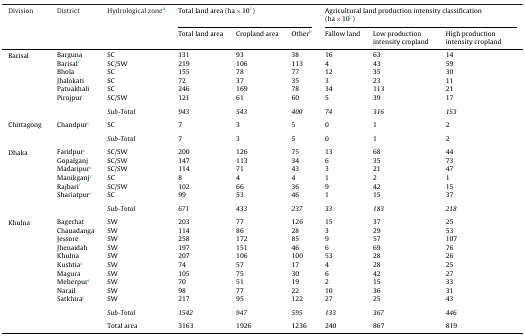
<table><thead><tr><td><b>Division</b></td><td><b>District</b></td><td><b>Hydrological zonea</b></td><td colspan="3"><b>Total land area (ha × 10c)</b></td><td colspan="3"><b>Agricultural land production intensity classification (ha × 10c)</b></td></tr><tr><td></td><td></td><td></td><td><b>Total land area</b></td><td><b>Cropland area</b></td><td><b>Otherb</b></td><td><b>Fallow land</b></td><td><b>Low production intensity cropland</b></td><td><b>High production intensity cropland</b></td></tr></thead><tbody><tr><td rowspan="6">Barisal</td><td>Barguna</td><td>SC</td><td>131</td><td>93</td><td>38</td><td>16</td><td>63</td><td>14</td></tr><tr><td>Barisalc</td><td>SC/SW</td><td>219</td><td>106</td><td>113</td><td>4</td><td>43</td><td>59</td></tr><tr><td>Bhola</td><td>SC</td><td>155</td><td>78</td><td>77</td><td>12</td><td>35</td><td>30</td></tr><tr><td>Jhalokati</td><td>SC</td><td>72</td><td>37</td><td>35</td><td>3</td><td>23</td><td>11</td></tr><tr><td>Patuakhali</td><td>SC</td><td>246</td><td>169</td><td>78</td><td>34</td><td>113</td><td>21</td></tr><tr><td>Pirojpur</td><td>SC/SW</td><td>121</td><td>61</td><td>60</td><td>5</td><td>39</td><td>17</td></tr><tr><td colspan="9">  </td></tr><tr><td></td><td></td><td><i>Sub-Total</i></td><td><i>943</i></td><td><i>543</i></td><td><i>400</i></td><td><i>74</i></td><td><i>316</i></td><td><i>153</i></td></tr><tr><td colspan="9">  </td></tr><tr><td>Chittagong</td><td>Chandpurc</td><td>SC</td><td>7</td><td>3</td><td>5</td><td>0</td><td>1</td><td>2</td></tr><tr><td colspan="9">  </td></tr><tr><td></td><td></td><td><i>Sub-Total</i></td><td>7</td><td>3</td><td>5</td><td>0</td><td>1</td><td>2</td></tr><tr><td colspan="9">  </td></tr><tr><td rowspan="6">Dhaka</td><td>Faridpurc</td><td>SC/SW</td><td>200</td><td>126</td><td>75</td><td>13</td><td>68</td><td>44</td></tr><tr><td>Gopalganj</td><td>SC/SW</td><td>147</td><td>113</td><td>34</td><td>6</td><td>35</td><td>73</td></tr><tr><td>Madaripurc</td><td>SC/SW</td><td>114</td><td>71</td><td>43</td><td>3</td><td>21</td><td>47</td></tr><tr><td>Manikganjc</td><td>SC</td><td>8</td><td>4</td><td>4</td><td>1</td><td>2</td><td>1</td></tr><tr><td>Rajbaric</td><td>SC/SW</td><td>102</td><td>66</td><td>36</td><td>9</td><td>42</td><td>15</td></tr><tr><td>Shariatpurc</td><td>SC</td><td>99</td><td>53</td><td>46</td><td>1</td><td>15</td><td>37</td></tr><tr><td colspan="9">  </td></tr><tr><td></td><td></td><td><i>Sub-Total</i></td><td><i>671</i></td><td><i>433</i></td><td><i>237</i></td><td><i>33</i></td><td><i>183</i></td><td><i>218</i></td></tr><tr><td colspan="9">  </td></tr><tr><td rowspan="10">Khulna</td><td>Bagerhat</td><td>SW</td><td>203</td><td>77</td><td>126</td><td>15</td><td>37</td><td>25</td></tr><tr><td>Chauadanga</td><td>SW</td><td>114</td><td>86</td><td>28</td><td>3</td><td>29</td><td>53</td></tr><tr><td>Jessore</td><td>SW</td><td>258</td><td>172</td><td>85</td><td>9</td><td>57</td><td>107</td></tr><tr><td>Jhenaidah</td><td>SW</td><td>197</td><td>151</td><td>46</td><td>6</td><td>69</td><td>76</td></tr><tr><td>Khulna</td><td>SW</td><td>207</td><td>106</td><td>100</td><td>53</td><td>28</td><td>26</td></tr><tr><td>Kushtiac</td><td>SW</td><td>74</td><td>57</td><td>17</td><td>4</td><td>28</td><td>25</td></tr><tr><td>Magura</td><td>SW</td><td>105</td><td>75</td><td>30</td><td>6</td><td>42</td><td>27</td></tr><tr><td>Meherpurc</td><td>SW</td><td>70</td><td>51</td><td>19</td><td>2</td><td>15</td><td>33</td></tr><tr><td>Narail</td><td>SW</td><td>98</td><td>77</td><td>22</td><td>10</td><td>36</td><td>31</td></tr><tr><td>Satkhirac</td><td>SW</td><td>217</td><td>95</td><td>122</td><td>27</td><td>25</td><td>43</td></tr><tr><td colspan="9">  </td></tr><tr><td></td><td></td><td><i>Sub-Total</i></td><td><i>1542</i></td><td><i>947</i></td><td><i>595</i></td><td><i>133</i></td><td><i>367</i></td><td><i>446</i></td></tr><tr><td colspan="9">  </td></tr><tr><td></td><td></td><td>Total area</td><td>3163</td><td>1926</td><td>1236</td><td>240</td><td>867</td><td>819</td></tr></tbody></table>